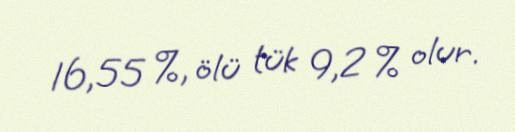
16,55 %, ölü tük 9,2 % olur.